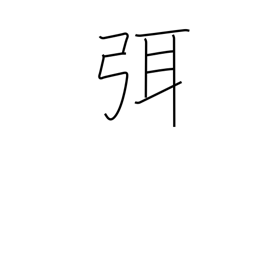
Meaning: cease